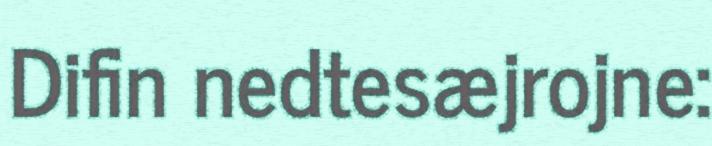
Difin nedtesæjrojne: